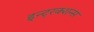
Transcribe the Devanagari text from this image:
इन्ट्रक्शन्स